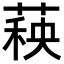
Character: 𬝣